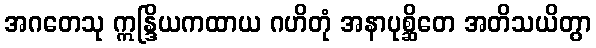
အဂတေသု ဣန္ဒြိယကထာယ ဂဟိတုံ အနာပုစ္ဆိတေ အတိသယိတွာ